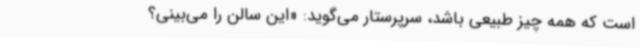
است که همه چیز طبیعی باشد، سرپرستار می‌گوید: «این سالن را می‌بینی؟